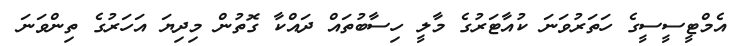
އެމްޓީސީސީގެ ހަތަރުވަނަ ކުއާޓަރުގެ މާލީ ހިސާބުތައް ދައްކާ ގޮތުން މިދިޔަ އަހަރުގެ ތިންވަނަ